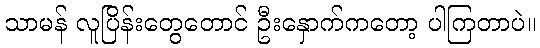
သာမန် လူပြိန်းတွေတောင် ဦးနှောက်ကတော့ ပါကြတာပဲ။